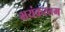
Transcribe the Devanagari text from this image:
भयंकरतम